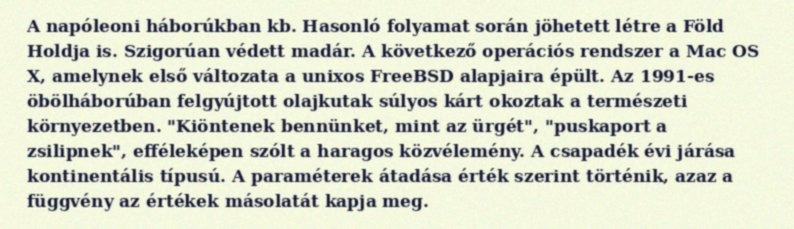
A napóleoni háborúkban kb. Hasonló folyamat során jöhetett létre a Föld Holdja is. Szigorúan védett madár. A következő operációs rendszer a Mac OS X, amelynek első változata a unixos FreeBSD alapjaira épült. Az 1991-es öbölháborúban felgyújtott olajkutak súlyos kárt okoztak a természeti környezetben. "Kiöntenek bennünket, mint az ürgét", "puskaport a zsilipnek", efféleképen szólt a haragos közvélemény. A csapadék évi járása kontinentális típusú. A paraméterek átadása érték szerint történik, azaz a függvény az értékek másolatát kapja meg.